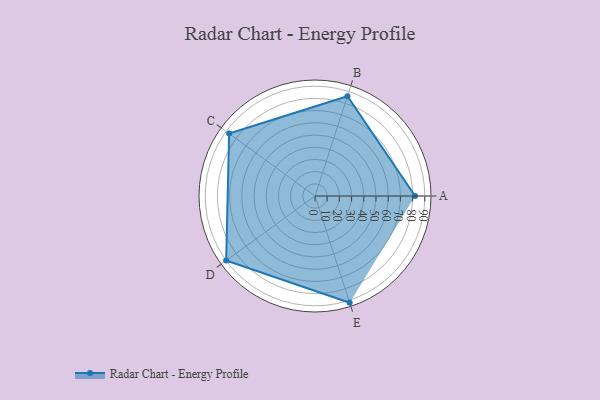
{"axis": {"x": "Skill", "y": "Score"}, "legend": ["Profile"], "data": [{"x": "A", "y": 82.0, "type": "Profile"}, {"x": "B", "y": 86.0, "type": "Profile"}, {"x": "C", "y": 87.0, "type": "Profile"}, {"x": "D", "y": 90.0, "type": "Profile"}, {"x": "E", "y": 92.0, "type": "Profile"}]}